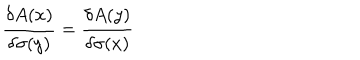
LaTeX: \frac { \delta A ( x ) } { \delta \sigma ( y ) } = \frac { \delta A ( y ) } { \delta \sigma ( x ) }